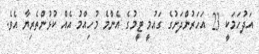
އަދުހަމަކީ 23 އަހަރުންދަށުގެ ގައުމީ ޓީމުގެ އެންމެ މުހިއްމު އެއް ކުޅުންތެރިޔާ އެވެ.